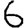
Digit: 6